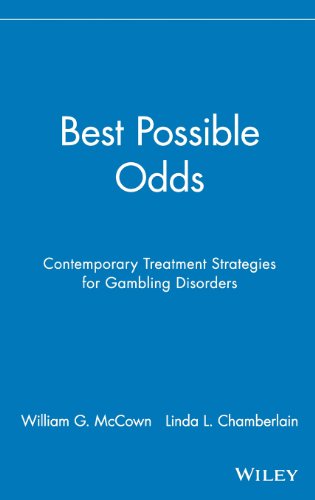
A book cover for Best Possible Odds: Contemporary Treatment Strategies for Gambling Disorders; William G. McCown; Health, Fitness & Dieting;